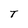
Character: T